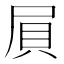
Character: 屓